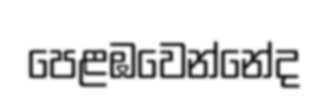
පෙළඹවෙන්නේද